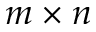
m \times n